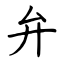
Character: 弁